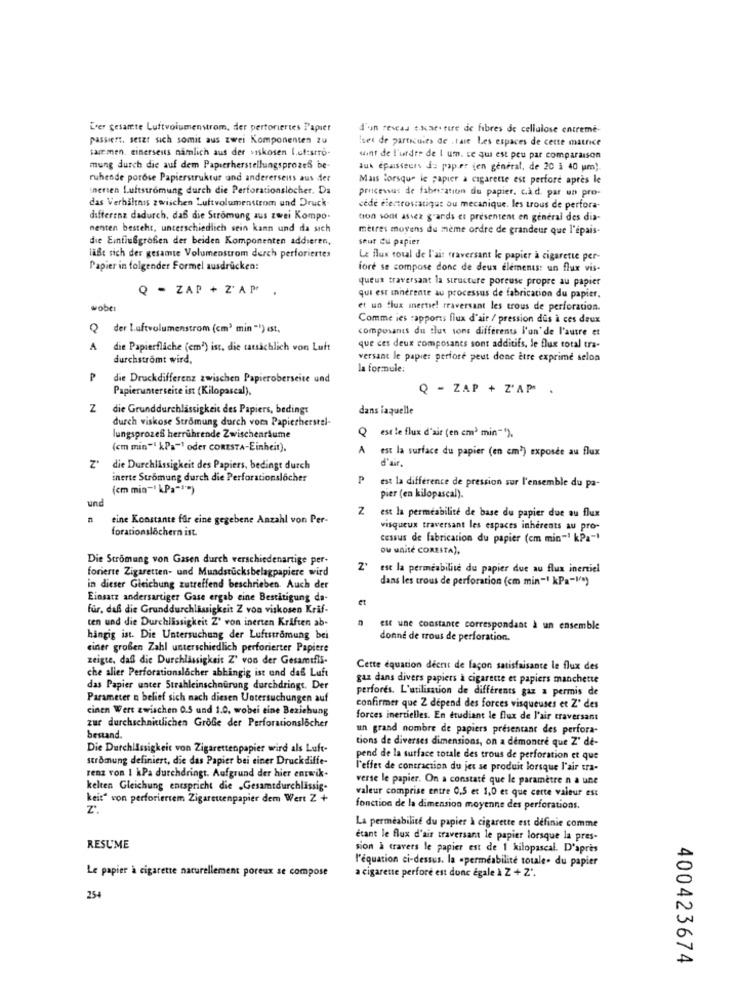
Ever gesamte Luftvolumenstrom, der perforiertes Papiet
d'un rescas tkae. tire de fibres de cellulose entreme
passiert. setzt sich somit aus zwei Komponenten zu
Iset de particules de . tale Les espaces de cette matrice
sair men. einerseits nämlich aus der viskosen I.uf:stro-
want de l'urdes de I um. ce qui est peu par comparaison
mung durch die auf dem Papierherstellungsprozes be-
Jut épaisseurs de paper (en general, de 20 à 40 um).
ruhende porose Papierstruktur und andererseits aus der
Mais lorsque le papier a cigarette est perfore après le
inerien Luftstromung durch die Perforationslocher. Da
processus de fabrication du papier, cad par un pro-
das Verhältnis zwischen Luftvolumenstrom und Druck
cede électrostatique ou mecanique. les trous de perfora-
differenz dadurch, daß die Strömung aus zwei Kompo.
tion sont assez grands et presentent en general des dia-
menten besteht, unterschiedlich sein kann und da sich
metres moyens du même ordre de grandeur que l'épais-
die Eintiu&großen der beiden Komponenten addieren,
seur du papier
läßt sich der gesamte Volumenstrom derch perforiertes
Le flux total de l'air traversant le papier a cigarette per-
Papier in folgender Formel ausdrücken:
fore se compose donc de deux elements: un flux vis-
queux traversant la structure poreuse propre au papier
Q - ZAP + Z' AP
.
qui est inerente au processus de fabrication du papier.
wobei
et un flux inertie! reaversant les trous de perforation.
Comme les rapports flux d'air / pression dus à ces deux
Q der Luftvolumenstrom (cm3 min "") est,
composants du tlut sons differents l'on' de l'autre et
A
die Papierflache (em2) ist. die tatsachlich von Luft
que ces deux composants sont additifs, le flux total tra-
durchstromt wird,
versant le papier perfore peut donc être exprime selon
la formule:
P
die Druckdifferenz zwischen Papieroberseite und
Papierunterseite ist (Kilopascal).
Q - ZAP + Z'AP .
Z
die Grunddurchlässigkeit des Papiers, bedingt
dans laquelle
durch viskose Strömung durch vora Papierherstel-
Q est le flux d'air (en cm' min"").
lungsprozeß herrührende Zwischenräume
(cm min"" kPa"1 oder CORESTA-Einheit).
A
est la surface du papier (en cm1) exposée au flux
Z'
die Durchlässigkeit des Papiers, bedingt durch
inerte Stromung durch die Perforationslocher
P
(cm mia- kPa")
est la différence de pression sur l'ensemble du pa-
und
pier (en kilopascal).
Z
eine Konstante für eine gegebene Anzahl von Per-
est la perméabilité de base du papier due au flux
forationslöchern ist.
visqueux traversant les espaces inherents au pro-
cessus de fabrication du papier (em min"! kPa-)
ou unite CORESTA),
Die Stromung von Gasen durch verschiedenartige per-
forierte Zigaretten- und Mundstücksbelagpapiere wird
N
est la perméabilité du papier due au flux inertiel
dans les trous de perforation (cm min -! kPa -! ")
in dieser Gleichung zutreffend beschrieben. Auch der
Einsatz andersartiger Gase ergab eine Bestitigung da-
für, daß die Grunddurchlässigkeit Z von viskosen Krif-
ten und die Durchlässigkeit Z' von inerten Kräften ab-
est une constante correspondant à un ensemble
hangig ist. Die Untersuchung der Luftstromung bei
donne de trous de perforation.
einer großen Zahl unterschiedlich perforierter Papiere
zeigte, daß die Durchlässigkeit Z' von der Gesamtfis-
che aller Perforationslocher abhingig ist und daß Luft
Cette équation deent de façon satisfaisante le flux des
gaz dans divers papiers à cigarette et papiers manchette
das Papier unter Strahleinschourung durchdringt. Der
perforés. L'utilisation de différents gaz a permis de
Parameter n belief sich nach diesen Untersuchungen auf
cinen Wert zwischen 0.5 und 1.0, wobei eine Beziehung
confirmer que 2 dépend des forces visqueuses et Z' des
forces inertielles. En étudiant le flux de l'air traversant
zur durchschnittlichen Große der Perforationslocher
un grand nombre de papiers presentant des perfora-
bestand.
tions de diverses dimensions, on a démontré que Z' de-
Die Durchlässigkeit von Zigarettenpapier wird als Luft-
strömung definiert, die das Papier bei einer Druck diffe-
pend de la surface totale des trous de perforation et que
l'effet de contraction du jet se produit lorsque l'air tra-
renz von I kPa durchdringt. Aufgrund der hier entwik.
verse le papier. On a constaté que le paramètre n a une
kelten Gleichung entspricht die .Gesamtdurchlässig-
valeur comprise entre 0,5 et 1,0 et que certe valeur est
keit" von perforiertem Zigarettenpapier dem Wert Z +
z.
fonction de la dimension moyenne des perforations.
La perméabilité du papier à cigarette est définie comme
étant le flux d'air traversant le papier lorsque la pres-
RESUME
sion à travers le papier est de 1 kilopascal. D'après
l'équation ci-dessus. la -perméabilité totale. du papier
Le papier a cigarette naturellement poreux se compose
a cigarette perforé est donc égale à Z + Z'.
254
400423674